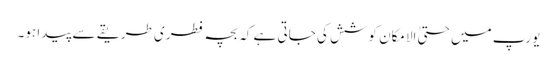
یورپ میں حتیٰ الامکان کوشش کی جاتی ہے کہ بچہ فطری طریقے سے پیدا ہو۔